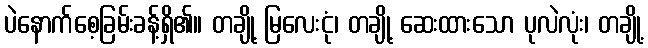
ပဲနောက်စေ့ခြမ်းခန့်ရှိ၏။ တချို့ မြလေးငုံ၊ တချို့ ဆေးထားသော ပုလဲလုံး၊ တချို့